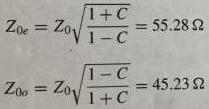
\[
\begin{align*}
Z_{0e}&=Z_0\sqrt{\frac{1 + C}{1 - C}} = 55.28\ \Omega\\
Z_{0o}&=Z_0\sqrt{\frac{1 - C}{1 + C}} = 45.23\ \Omega
\end{align*}
\]